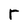
Character: r